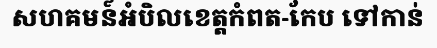
សហគមន៍អំបិលខេត្តកំពត-កែប ទៅកាន់